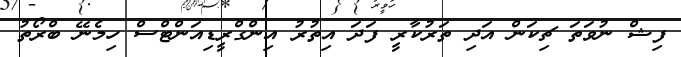
ފިޝް ނުވަތަ ޗިކަން އަދި ތަރުކާރީ ފަދަ އިތުރު އިންގްރީޑިއަންޓްސް ހިމެނޭ ބްރޯތު